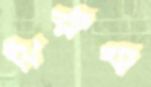
ঝরুক